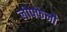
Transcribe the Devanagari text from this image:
लोफ्फेनौ